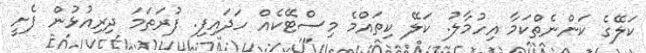
ކަލޭގެ ކަންނެތްކަމާ އިހުމާލު. ކަލޭ ކިތައްމެ މިސްޓޭކެއް ހަދައިފި. ފުރަތަމަ ދިރިއުޅުން ފެށީ